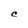
Character: C